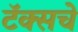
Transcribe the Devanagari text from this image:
टॅक्सचे